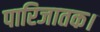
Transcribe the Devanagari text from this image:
पारिजातक।